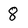
Character: 8